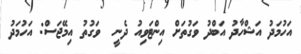
އަހުމަދު އަޝްހާދު އަބްދު ވަގުތަށް އިންޓަވިއު ދެނީ  ވަގުތު އިމޭޖަސް: އަހުމަދު